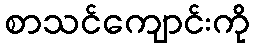
စာသင်ကျောင်းကို